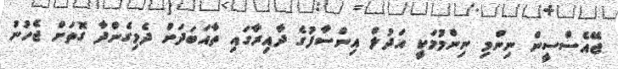
ޖޭއެސްސީން ނިންމި ނިންމުމަކީ އަދުލް އިންސާފުގެ ދާއިރާގައި ތާއަބަދަށް ދެމިގެންދާ ގޮތަށް ޖެހުނު